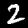
Label: 2